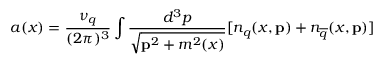
a ( x ) = \frac { \nu _ { q } } { ( 2 \pi ) ^ { 3 } } \int \frac { d ^ { 3 } p } { \sqrt { { \bf p } ^ { 2 } + m ^ { 2 } ( x ) } } [ n _ { q } ( x , { \bf p } ) + n _ { \overline { { { q } } } } ( x , { \bf p } ) ]